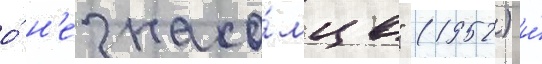
о́ н'езнако́мце" (1952) и́